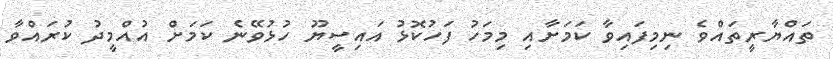
ތައްޔާރީތައްވެ ނިމިފައިވާ ކަމަށާއި މިމަހު ފަހުކޮޅު އައިސީޔޫ ހުޅުވޭނެ ކަމަށް އުއްމީދު ކުރައްވާ